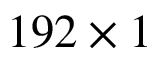
1 9 2 \times 1